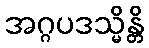
အဂ္ဂပဒသ္မိန္တိ